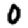
Digit: 0